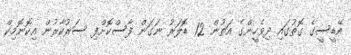
އޭޑީސީގެ ގޮތުގައި ދިވެހީންގެ އަތުން 12 ޑޮލަރު ނަގަން ފާސްކޮށްފި ސަރުކާރުން އިކޮނޮމިކް